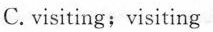
C. visiting;visiting